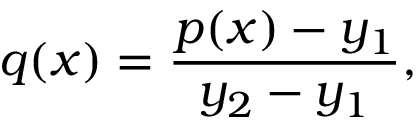
q ( x ) = { \frac { p ( x ) - y _ { 1 } } { y _ { 2 } - y _ { 1 } } } ,